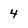
Character: 4